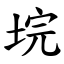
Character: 垸